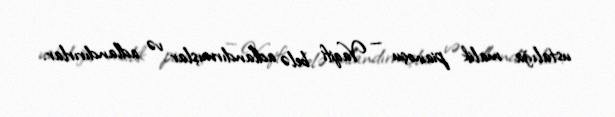
ustalığa malik pianoçu — Vaqifi belə adlandırmışlar və adlandırırlar.